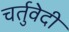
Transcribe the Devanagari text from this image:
चर्तुवेदी